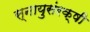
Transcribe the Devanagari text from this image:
स्नायुसंरक्षी